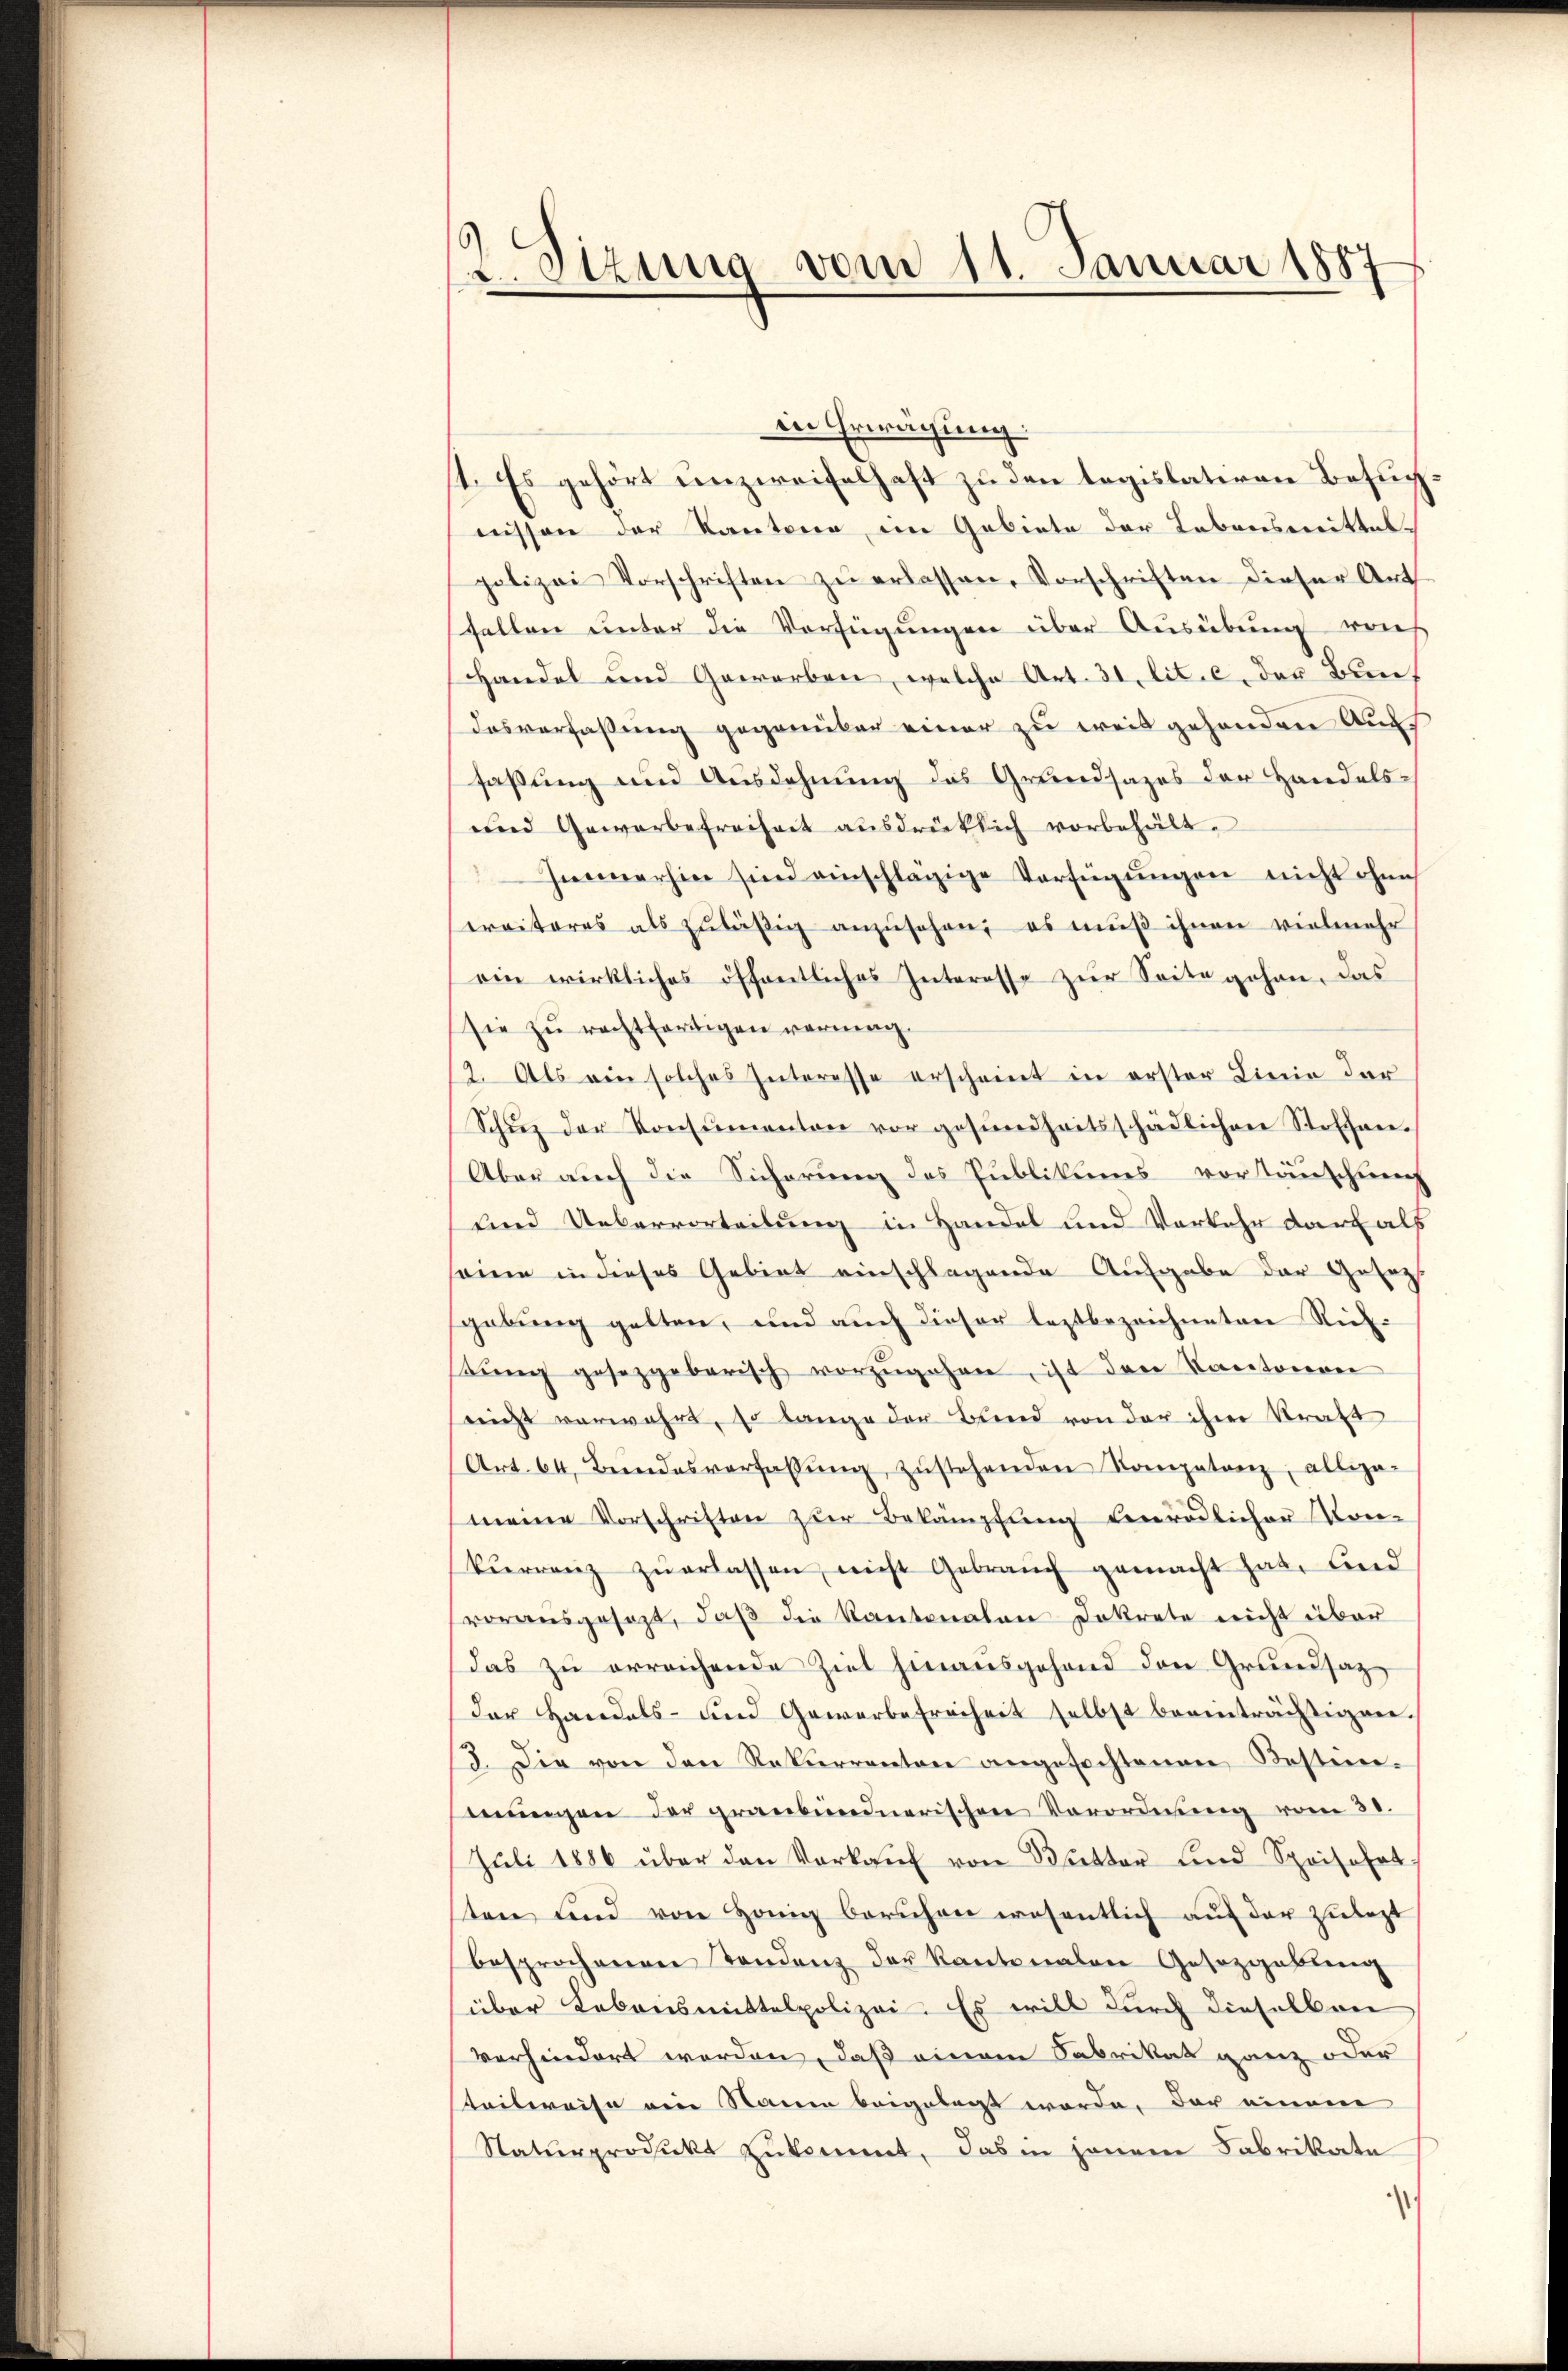
2. Sizung vom 11. Januar 185

in Erwägung
st. Es gehört unzweifelhaft zu den legislativen Besuchnissen der Kantone, im Gebiete der Lebensmittelpolizei Vorschriften zŭ erlassen, Vorschriften dieser Art
sfallen unter die Verfügungen über Ausübung auf
Handel und Geworben, welche Art. 31 lit. c. der Bundesverfaßung gegenüber einer zu weit gehenden Aufs
faßung und Ausdehnung das Grundsazes der Handels¬
und Gewerbefreiheit aŭsdrücklich vorbehält.
Immerhin sind einschlägige Verfügungen nicht ohne
eraiteres als zuläßig anzusehen, es muß ihnen vielmehr
ein wirkliches öffentliches Interesse zur Seite gehen, das
sie zu rechtfertigen vermag.
12. Als ein solches Interesse erscheint in erster Linie der
Schŭz der Konsŭmenten vor gesundheitsschädlichen Stoffen-
Aber auch die Sicherung des Publikums vortäuschnen
und Uebervorteilung in Handel und Vorkehr darf als
somme in dieses Gebiet einschlagende Aufgabe der Geleg
gebung gelten, und auch dieser leztbezeichneten Richβŭng gesezgobarisch vorzŭgehen, ist den Kantonion
reicht verwahrt, so lange der Bund von der ihre Kraft
Art. 64, Bŭndesverfassŭng, zŭstehenden Kompetenz, allega-
meine Vorschriften zŭr Bekämpfŭng verödlicher Kon-
Verrenz zŭ erlassen nicht Gebraŭch gemacht hat. And
vorausgesezt, daß die Kantonalen Dekrete nicht über
das zu erreichende Ziel hinausgehend den Grundsaz
der Handels- und Gewerbe freiheit selbst beeinträchtigen.
I. Die von den Rekurrentone angefochtenen Bestim-
mŭngen der graubündnerischen Verordnung vom 30.
Jŭli 1886 über den Verkaŭf von Butter und Spoifahrt
sten und von Honig beruhen wesentlich aŭf der zulezt
besprochenen Standenz der Kantonalen Gesezgabŭng
über Lebensmittelpolizei. Es will durch dieselben
verhindert werden, daß einem Fabrikat ganz oder
Teilweise eine Raum beigelegt werde, der einem
Naturprodukt zukommt, das in jenem Fabrikarte
1